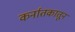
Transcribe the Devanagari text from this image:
कर्नातकातून